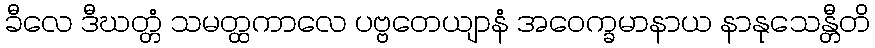
ခီလေ ဒီဃတ္တံ သမတ္ထကာလေ ပဗ္ဗတေယျာနံ အဝေက္ခမာနာယ နာနုသေန္တီတိ